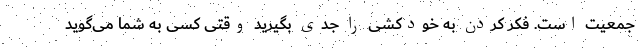
جمعیت است. فکر کردن به خودکشی را جدی بگیرید وقتی کسی به شما می‌گوید